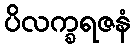
ပိလက္ခရဇနံ